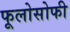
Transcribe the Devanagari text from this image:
फूलोसोफी